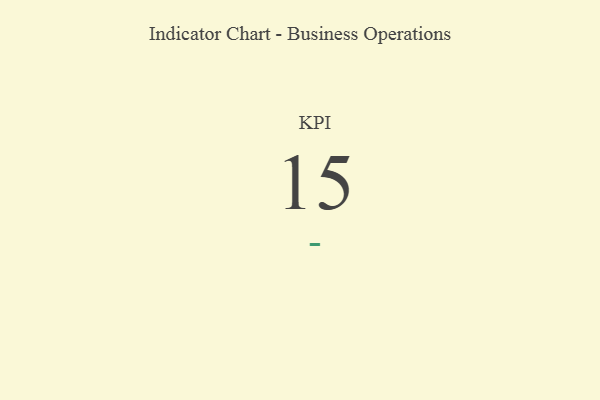
{"axis": {"x": "KPI", "y": "Value"}, "legend": [""], "data": [{"x": "KPI", "y": 15, "type": ""}]}